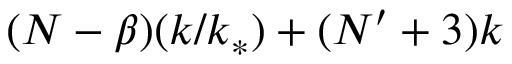
( N - \beta ) ( k / k _ { * } ) + ( N ^ { \prime } + 3 ) k